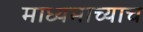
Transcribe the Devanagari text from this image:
माध्यमाच्याच